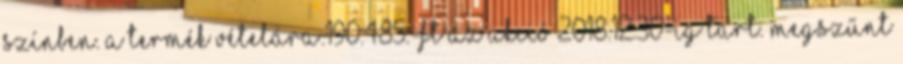
színben. A termék vételára:190.485.-Ft Az akció 2018.12.30-ig tart. MEGSZŰNT